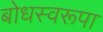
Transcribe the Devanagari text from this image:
बोधस्वरूपा